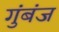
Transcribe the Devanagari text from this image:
गुंबंज